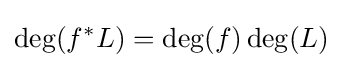
\operatorname {deg} (f^{*}L)=\operatorname {deg} (f)\operatorname {deg} (L)